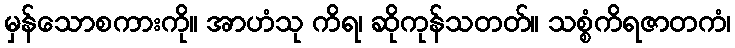
မှန်သောစကားကို။ အာဟံသု ကိရ၊ ဆိုကုန်သတတ်။ သစ္စံကိရဇာတကံ၊